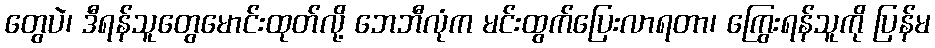
တွေပဲ၊ ဒီရန်သူတွေမောင်းထုတ်လို့ ဘေဘီလုံက မင်းထွက်ပြေးလာရတာ၊ ကြွေးရန်သူကို ပြန်မ